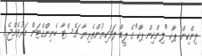
ލިންކިން ޕާކް "ލިންކިން ޕާކް"ގެ ލީޑް ލަވަކިޔުންތެރިޔާ ޗެސްޓާ ބެނިންގްޓަން މަރުވެއްޖެ 1